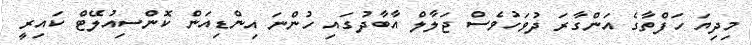
މިދިޔަ ހަފްތާގެ އަންގާރަ ދުވަހުވެސް ޖަލާލް އާބާދުގައި ހުންނަ އިންޑިއަން ކޮންސިއުލޭޓް ކައިރީ